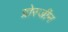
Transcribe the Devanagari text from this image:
ग्रोस्जीन